Report on the nature of kala-azar
Disease focus: Kala-Azar
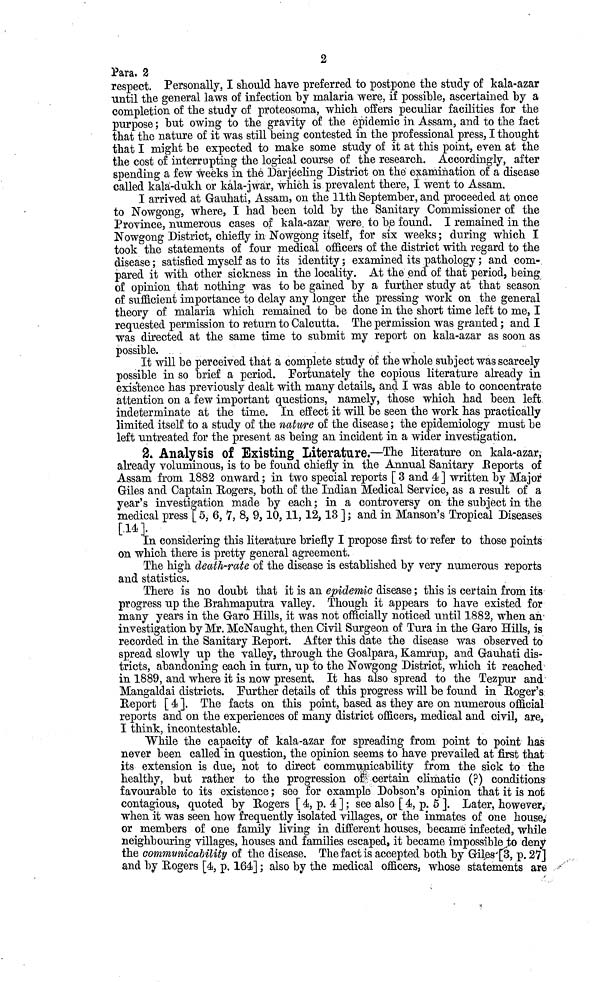
2
Para, 2
respect. Personally, I should have preferred to postpone the study of kala-azar
until the general laws of infection by malaria were, if possible, ascertained by a
completion of the study of proteosoma, which offers peculiar facilities for the
purpose ; but owing to the gravity of the epidemic in Assam, and to the fact
that the nature of it was still being contested in the professional press, I thought
that I might be expected to make some study of it at this point, even at the
the cost of interrupting the logical course of the research. Accordingly, after
spending a few weeks in the Darjéeling District on the examination of a disease
called kala-dukh or kala-jwar, which is prevalent there, 1 went to Assam.
I arrived at Gauhati, Assam, on the 11th September, and proceeded at once
to Nowgong, where, I had been told by the Sanitary Commissioner of the
Province, numerous cases of kala-azar were to be found. I remained in the
Nowgong District, chiefly in Nowgong itself, for six weeks ; during which I
took the statements of four medical officers of the district with regard to the
disease ; satisfied myself as to its identity ; examined its pathology ; and com-
pared it with other sickness in the locality. At the end of that period, being
of opinion that nothing was to be gained by a further study at that season
of sumcient importance to delay any longer the pressing work on the general
theory of malaria which remained to be done in the short time left to me, I
requested permission to return to Calcutta. The permission was granted ; and I
was directed at the same time to submit my report on kala-azar as soon as
possible.
It will be perceived that a complete study of the whole subject was scarcely
possible in so brief a period. Fortunately the copious literature already in
existence has previously dealt with many details, and I was able to concentrate
attention on a few important questions, namely, those which had been left
indeterminate at the time. In effect it will be seen the work has practically
limited itself to a study of the nature of the disease ; the epidemiology must be
left untreated for the present as being an incident in a wider investigation.
2. Analysis of Existing Literature.—The literature on kala-azar,
already voluminous, is to be found chiefly in the Annual Sanitary Reports of
Assam from 1882 onward ; in two special reports [ 3 and 4 ] written by Major
Giles and Captain Rogers, both of the Indian Medical Service, as a result of a
year's investigation made by each; in a controversy on the subject in the
medical press [ 5, 6, 7, 8, 9, 10, 11, 12, 13 ] ; and in Manson's Tropical Diseases
[14].
In considering this literature briefly I propose first to refer to those points
on which there is pretty general agreement.
The high death-rate of the disease is established by very numerous reports
and statistics.
There is no doubt that it is an epidemic disease ; this is certain from its
progress up the Brahmaputra valley. Though it appears to have existed for
many years in the Garo Hills, it was not officially noticed until 1882, when an
investigation by Mr. McNaught, then Civil Surgeon of Tura in the Garo Hills, is
recorded in the Sanitary Report. After this date the disease was observed to
spread slowly up the valley, through the Goalpara, Kamrup, and Gauhati dis-
tricts, abandoning each in turn, up to the Nowgong District, which it reached
in 1889, and where it is now present. It has also spread to the Tezpur and
Mangaldai districts. Further details of this progress will be found in Roger's
Report [ 4 ]. The facts on this point, based as they are on numerous official
reports and on the experiences of many district officers, medical and civil, are,
I think, incontestable.
While the capacity of kala-azar for spreading from point to point has
never been called in question, the opinion seems to have prevailed at first that
its extension is due, not to direct communicability from the sick to the
healthy, but rather to the progression of certain climatic (?) conditions
favourable to its existence ; see for example Dobson's opinion that it is not
contagious, quoted by Rogers [ 4, p. 4 ] ; see also [ 4, p. 5 ]. Later, however,
when it was seen how frequently isolated villages, or the inmates of one house,
or members of one family living in different houses, became infected, while
neighbouring villages, houses and families escaped, it became impossible to deny
the communicability of the disease. The fact is accepted both by Giles [3, p. 27]
and by Rogers [4, p. 164] ; also by the medical officers, whose statements are